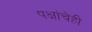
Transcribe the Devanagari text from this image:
पक्षांचेही